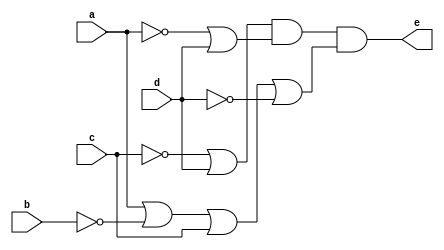
module q4(a,b,c,d,e);
input a,c,b,d;
output e;
assign e=((~c|d)&(~a|d)&(a|~b|c|~d));
endmodule